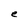
Character: e